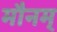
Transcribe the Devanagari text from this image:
मौनम्‌